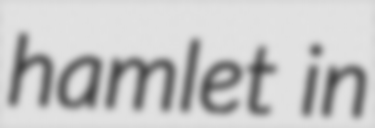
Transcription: hamlet in